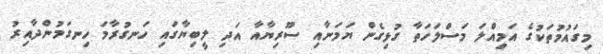
މިގައުމުތަކުގެ އަމިއްލަ މަސްލަހަތާ ގުޅިގެން ޔަމަނާއި ސޫރިޔާއާ އަދި ލީބިޔާގައި ހަނގުރާމަ ހިނގަމުންދާއިރު